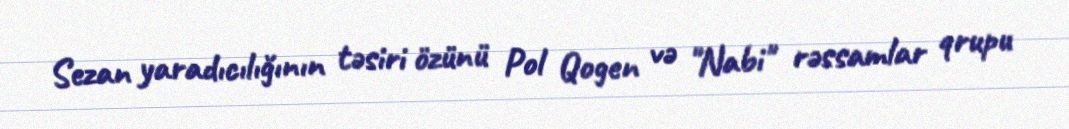
Sezan yaradıcılığının təsiri özünü Pol Qogen və "Nabi" rəssamlar qrupu